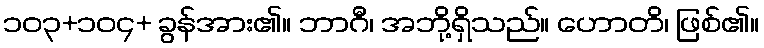
၁၀၃+၁၀၄+ ခွန်အား၏။ ဘာဂီ၊ အဘို့ရှိသည်။ ဟောတိ၊ ဖြစ်၏။